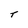
Character: T